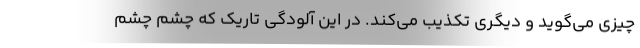
چیزی می‌گوید و دیگری تکذیب می‌کند. در این آلودگی تاریک که چشم چشم